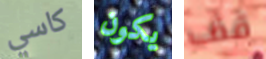
كاسي يكون قف